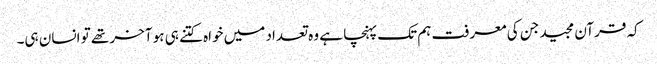
کہ قرآن مجید جن کی معرفت ہم تک پہنچا ہے وہ تعداد میں خواہ کتنے ہی ہو آخر تھے تو انسان ہی۔